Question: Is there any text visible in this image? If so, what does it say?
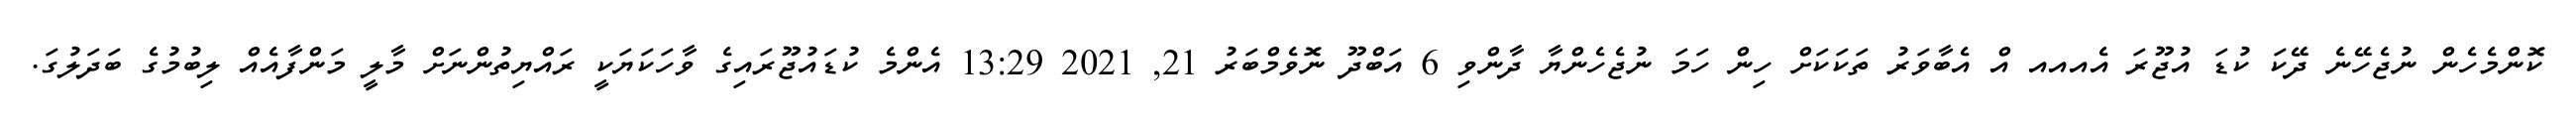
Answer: ކޮންމެހެން ނުޖެހޭނެ ދޭކަ ކުޑަ އުޖޫރަ އެއއއ އް އެބާވަރު ތަކަކަށް ހިން ހަމަ ނުޖެހެންޔާ ދާންވި 6 އަބްދޫ ނޮވެމްބަރު 21, 2021 13:29 އެންމެ ކުޑައުޖޫރައިގެ ވާހަކަޔަކީ ރައްޔިތުންނަށް މާލީ މަންފާއެއް ލިބުމުގެ ބަދަލުގަ.